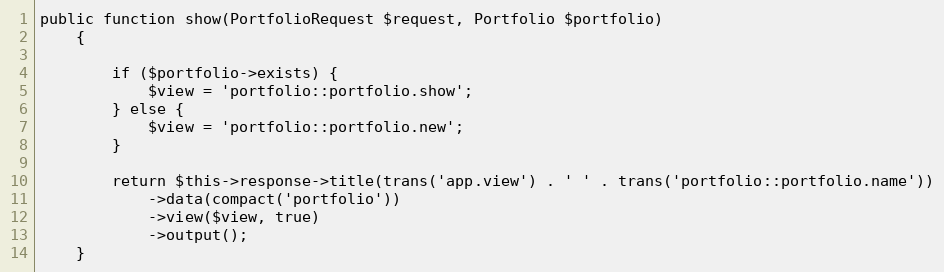
Language: PHP
public function show(PortfolioRequest $request, Portfolio $portfolio)
    {

        if ($portfolio->exists) {
            $view = 'portfolio::portfolio.show';
        } else {
            $view = 'portfolio::portfolio.new';
        }

        return $this->response->title(trans('app.view') . ' ' . trans('portfolio::portfolio.name'))
            ->data(compact('portfolio'))
            ->view($view, true)
            ->output();
    }